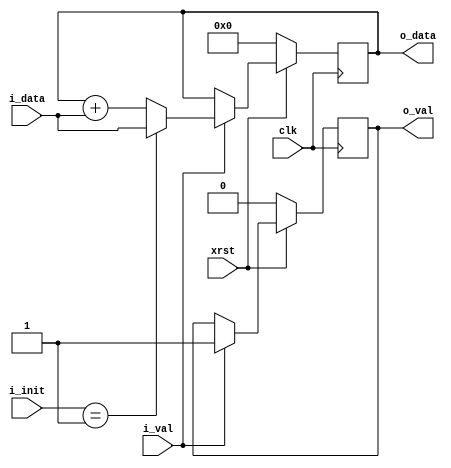
/* */

module add(i_data,i_val,o_data,o_val,clk,xrst,i_init);  
   input signed [15:0] i_data;//
   input 		    i_val;//valid
   output reg signed [15:0] o_data;//
   output reg	       o_val;//valid
   input 	       clk;//
   input 	       xrst;//
   input [2:0] 	       i_init;//

   //
   always@(posedge clk) begin
	 if(!xrst)
	   o_data<=0;
	 else if (i_val)
	   begin
	      if(i_init == 1)
		o_data <= i_data;
	      else
		o_data <= o_data + i_data;
	   end
	 else
	   o_data <= o_data;
   end

   //valid
   always@(posedge clk) begin
      if(!xrst)
	o_val <= 0;
      else if (i_val)
	o_val <= 1;
      else
	o_val <= o_val;
   end
	   
  
  
endmodule